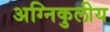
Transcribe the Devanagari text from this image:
अग्निकुलीय